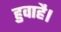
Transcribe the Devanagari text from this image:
हुवाहै।